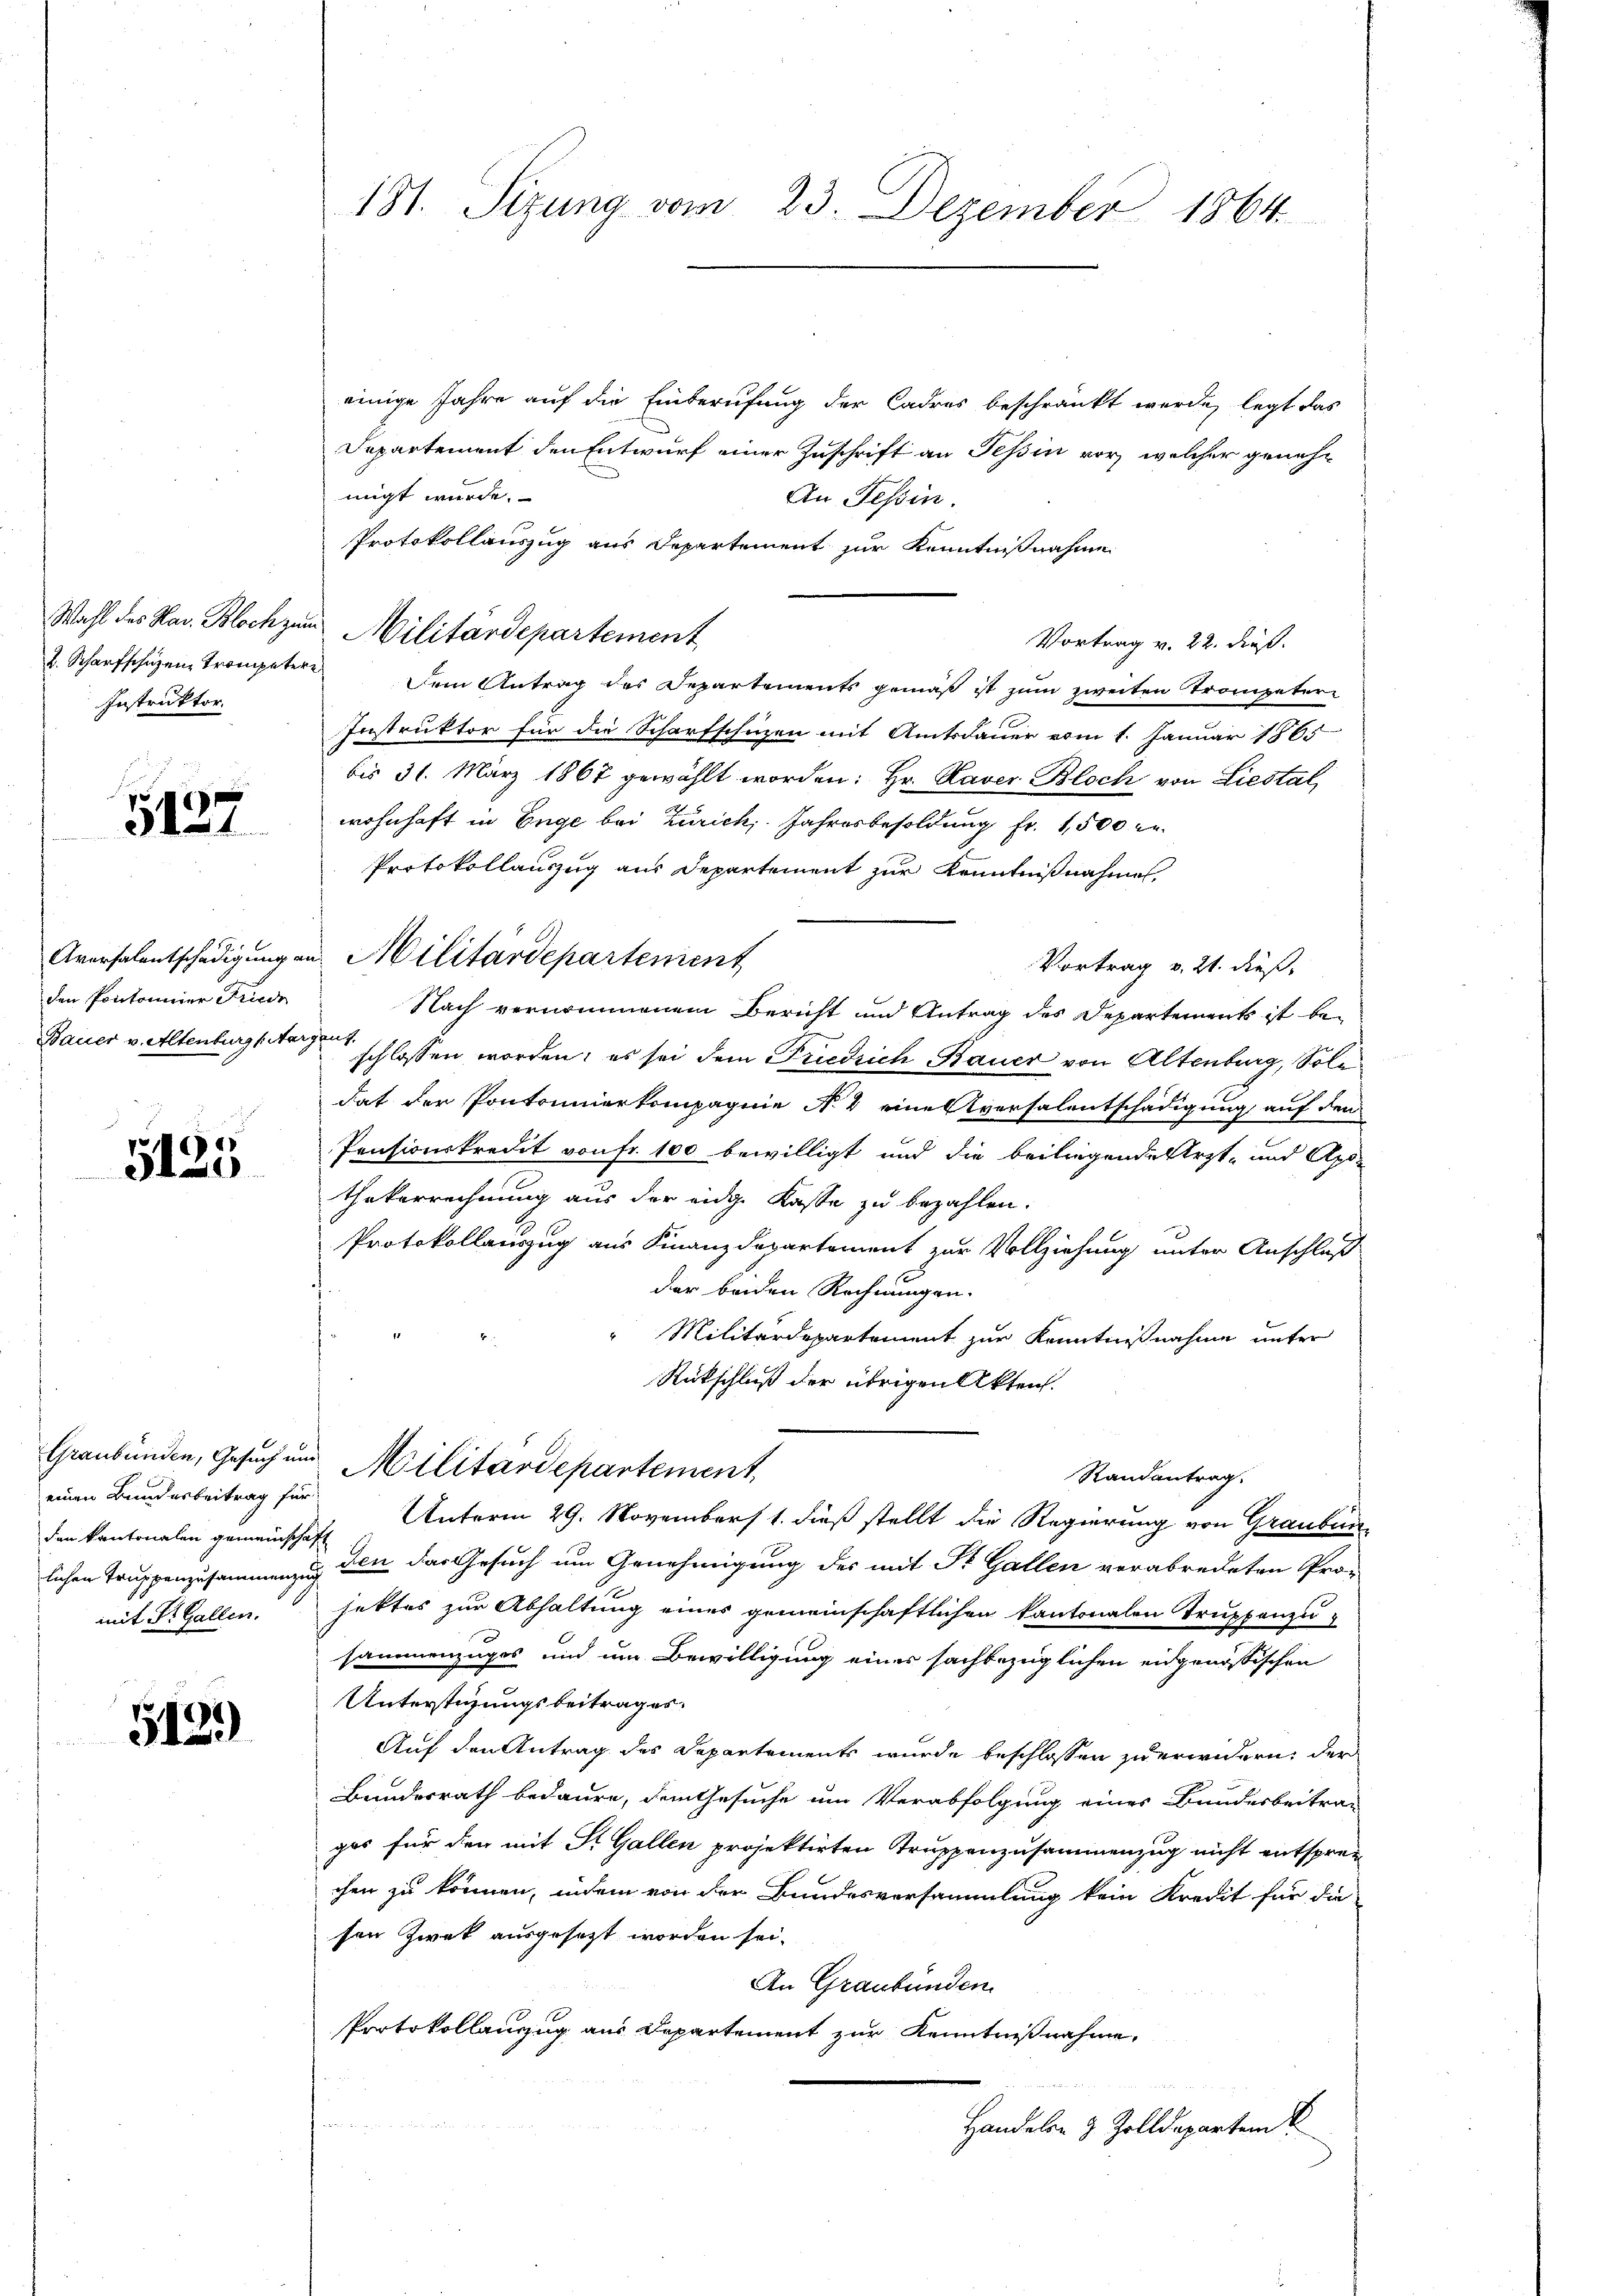
Wahl des Har. Bloch zum
Instruktor.

5127

Aversalentschädigung an
den Pontonier Friedr
Bauer v. Altenburg (Aar

5125

einen Bundesbeitrag für
den kantonalen gemeinschaft
mit Dr. Gallen.

513)

181. Sizung vom 23. Dezember 1864.

einige Jahre auf die Einberufung der Cadres beschränkt werde, legt das
Departement den Entwurf einer Zuschrift an Tessin vor, welcher genehmigt wurde.
An Tessin.
Protokollauszug aus Departement zur Kenntnißnahme
u Militärdepartement
Vortrag v. 22. dieß.
2. Scharfschüzen Trompeter Dem Antrag des Departements gemäß ist zum zweiten Trompetere
Instruktor für die Scharfschuzen mit Amtsdauer vom 1. Januar 1865
bis 31. März 1867 gewählt worden: Hr. Raver Bloch von Liestal
wohnhaft in Enge bei Zürich. Jahresbesoldung fr. 1,500 r
Protokollanzug aus Departement zur Kenntnißnahmen,
u. Militärdepartement
Vortrag v. 21. dieß.
Nach vernommenem Bericht und Antrag des Departements ist be¬
 schlossen worden; es sei dem Friedrich Bauer von Altenburg, Sole
dat der Pontonnierkompagnie No 4 eine Aversalentschädigung auf den
Pensionskredit von Fr. 100 bewilligt und die beiliegende Arzt- und Apothekerrechnung aus der eidg. Kasse zu bezahlen.
Protokollauszug aus Finanzdepartement zur Vollziehung unter Anschluß
der beiden Rechnungen.
Militärdepartement zur Kenntnißnahme unter
Rückschluß der übrigen Akten.
Graubünden, Gesuch um Militärdepartement
Randantrag
Unterm 29. November 1. dieß stellt die Regierung von Graubünlichen Truppenzusammenzug den das Gesuch um Genehmigung des mit St. Gallen verabredeten Pro-
hettes zur Abhaltung eines gemeinschaftlichen Kantonalen Truppenzu
sammenzuges und um Bewilligung einer sachbezüglichen eidgenössischen
Unterstigungsbeitrages.
Auf den Antrag des Separtements wurde beschlossen zu erwidern, der
Bundesrath bedaure, dem Gesuche um Verabfolgung eines Bundesbeitrag
gas für den mit St. Gallen projektirten Truppenzusammenzug nicht entsprec
chen zu können, indem von der Bundesversammlung kein Kredit für die
sen Zweck ausgesetzt worden sei.
An Graubünden.
Protokollanzug aus Departement zur Kenntnißnahme,
Handelen & Zolldepartem